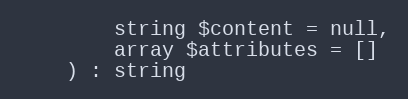
Language: PHP
        string $content = null,
        array $attributes = []
    ) : string